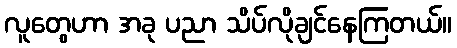
လူတွေဟာ အခု ပညာ သိပ်လိုချင်နေကြတယ်။